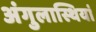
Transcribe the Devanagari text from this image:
अंगुलास्थियां